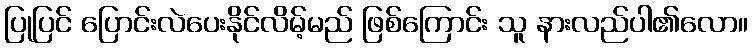
ပြုပြင် ပြောင်းလဲပေးနိုင်လိမ့်မည် ဖြစ်ကြောင်း သူ နားလည်ပါ၏လော။